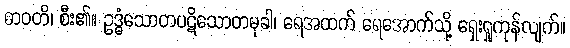
ဓာဝတိ၊ စီး၏။ ဥဒ္ဓံသောတပဋိသောတမုခါ၊ ရေအထက် ရေအောက်သို့ ရှေးရှုကုန်လျက်။